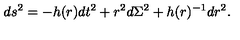
d s ^ { 2 } = - h ( r ) d t ^ { 2 } + r ^ { 2 } d \Sigma ^ { 2 } + h ( r ) ^ { - 1 } d r ^ { 2 } .